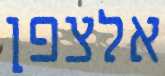
אלצפן